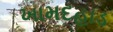
ખામદહાડ